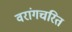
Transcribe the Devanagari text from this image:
वरांगचरित